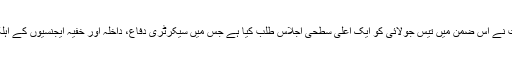
دوسری جانب حکومت نے اس ضمن میں تیس جولائی کو ایک اعلٰی سطحی اجلاس طلب کیا ہے جس میں سیکرٹری دفاع، داخلہ اور خفیہ ایجنسیوں کے اہلکار شرکت کریں گے۔